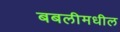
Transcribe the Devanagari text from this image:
बबलीमधील